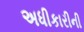
અધીકારીની